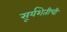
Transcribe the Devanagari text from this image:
सूर्यशेतीची